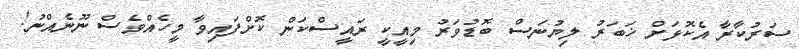
ސަރުކާރާ އެކޮޅަށް ޚަބަރު ލިޔުނަސް ބޮޑުވަރު މިއީކީ ރައީސްކަން ކޮށްފައިވާ މީހެއްވެސް ނޫނެއްނު!